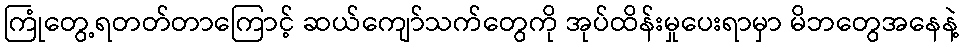
ကြုံတွေ့ရတတ်တာကြောင့် ဆယ်ကျော်သက်တွေကို အုပ်ထိန်းမှုပေးရာမှာ မိဘတွေအနေနဲ့